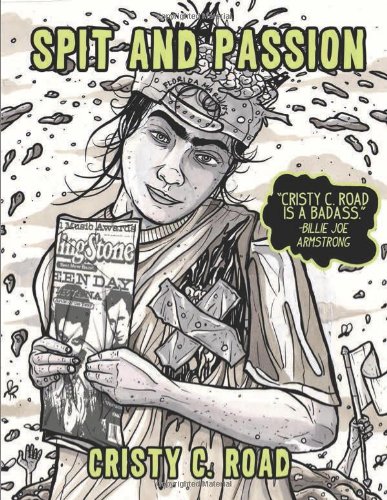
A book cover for Spit and Passion (Blindspot Graphics); Cristy  C. Road; Comics & Graphic Novels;